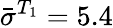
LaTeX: \bar{\sigma}^{T_{1}}=5.4